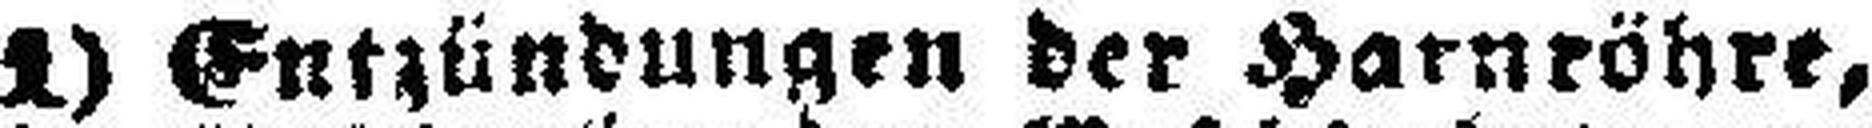
1) Entzündungen der Harnröhre,